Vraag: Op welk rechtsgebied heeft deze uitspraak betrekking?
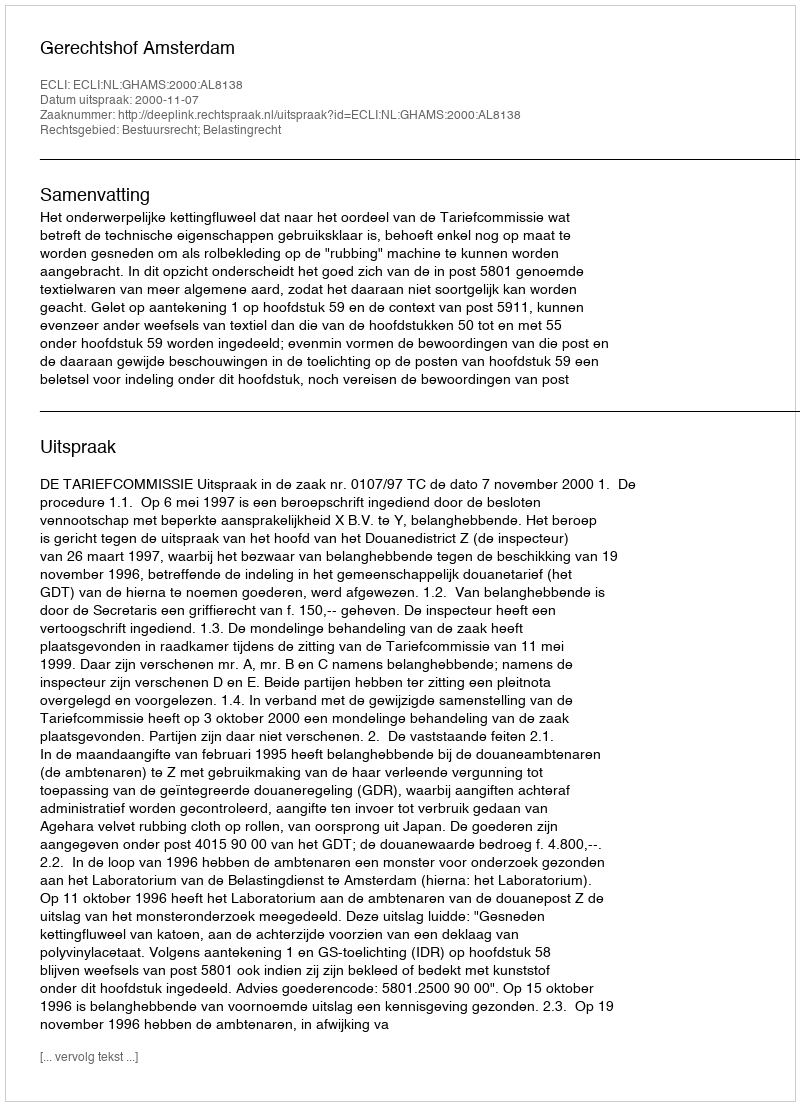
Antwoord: Bestuursrecht; Belastingrecht